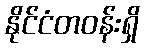
နိုင်ငံတဝန်းရှိ